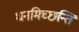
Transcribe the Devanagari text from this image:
धनमिच्छन्ति